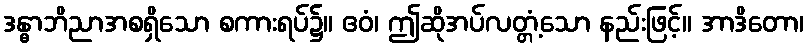
ဒန္ဓာဘိညာအစရှိသော စကားရပ်၌။ ဧဝံ၊ ဤဆိုအပ်လတ္တံ့သော နည်းဖြင့်။ အာဒိတော၊